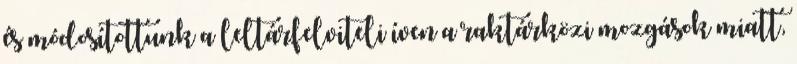
és módosítottunk a leltárfelviteli íven a raktárközi mozgások miatt,